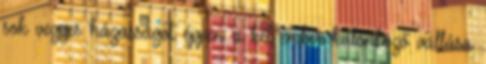
sok vegyes házasságot éppen a két ember különböző vallása